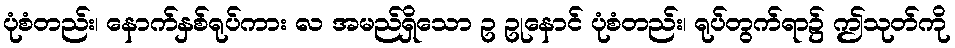
ပုံစံတည်း၊ နောက်နှစ်ရုပ်ကား လ အမည်ရှိသော ဥ ဥုနောင် ပုံစံတည်း၊ ရုပ်တွက်ရာ၌ ဤသုတ်ကို